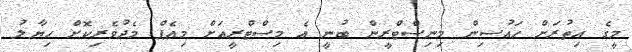
މީގެ އިތުރަށް ހައުސިން މިނިސްޓްރީން ބުނީ އެ މިސްޓްރީއަށް މިއެޕް މެދުވެރިކޮށް ހިޔާލު